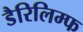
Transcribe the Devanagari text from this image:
डैरिलिम्फ